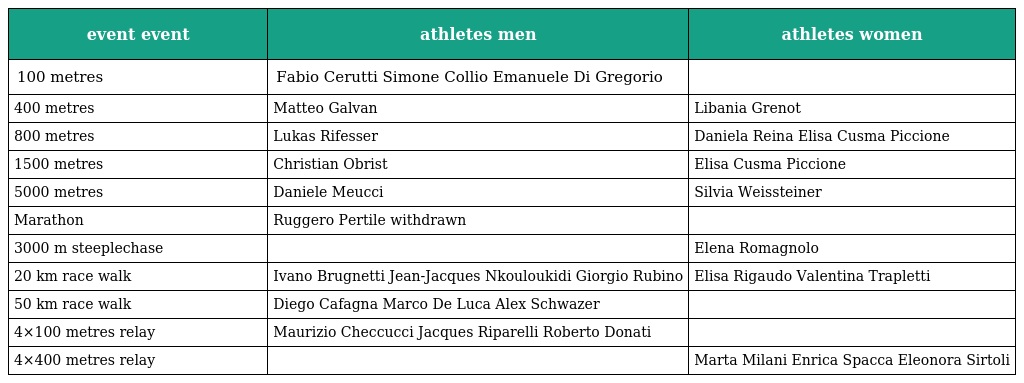
| event event | athletes men | athletes women |
 | --- | --- | --- |
 | 100 metres | Fabio Cerutti Simone Collio Emanuele Di Gregorio |  |
 | 400 metres | Matteo Galvan | Libania Grenot |
 | 800 metres | Lukas Rifesser | Daniela Reina Elisa Cusma Piccione |
 | 1500 metres | Christian Obrist | Elisa Cusma Piccione |
 | 5000 metres | Daniele Meucci | Silvia Weissteiner |
 | Marathon | Ruggero Pertile withdrawn |  |
 | 3000 m steeplechase |  | Elena Romagnolo |
 | 20 km race walk | Ivano Brugnetti Jean-Jacques Nkouloukidi Giorgio Rubino | Elisa Rigaudo Valentina Trapletti |
 | 50 km race walk | Diego Cafagna Marco De Luca Alex Schwazer |  |
 | 4×100 metres relay | Maurizio Checcucci Jacques Riparelli Roberto Donati |  |
 | 4×400 metres relay |  | Marta Milani Enrica Spacca Eleonora Sirtoli |